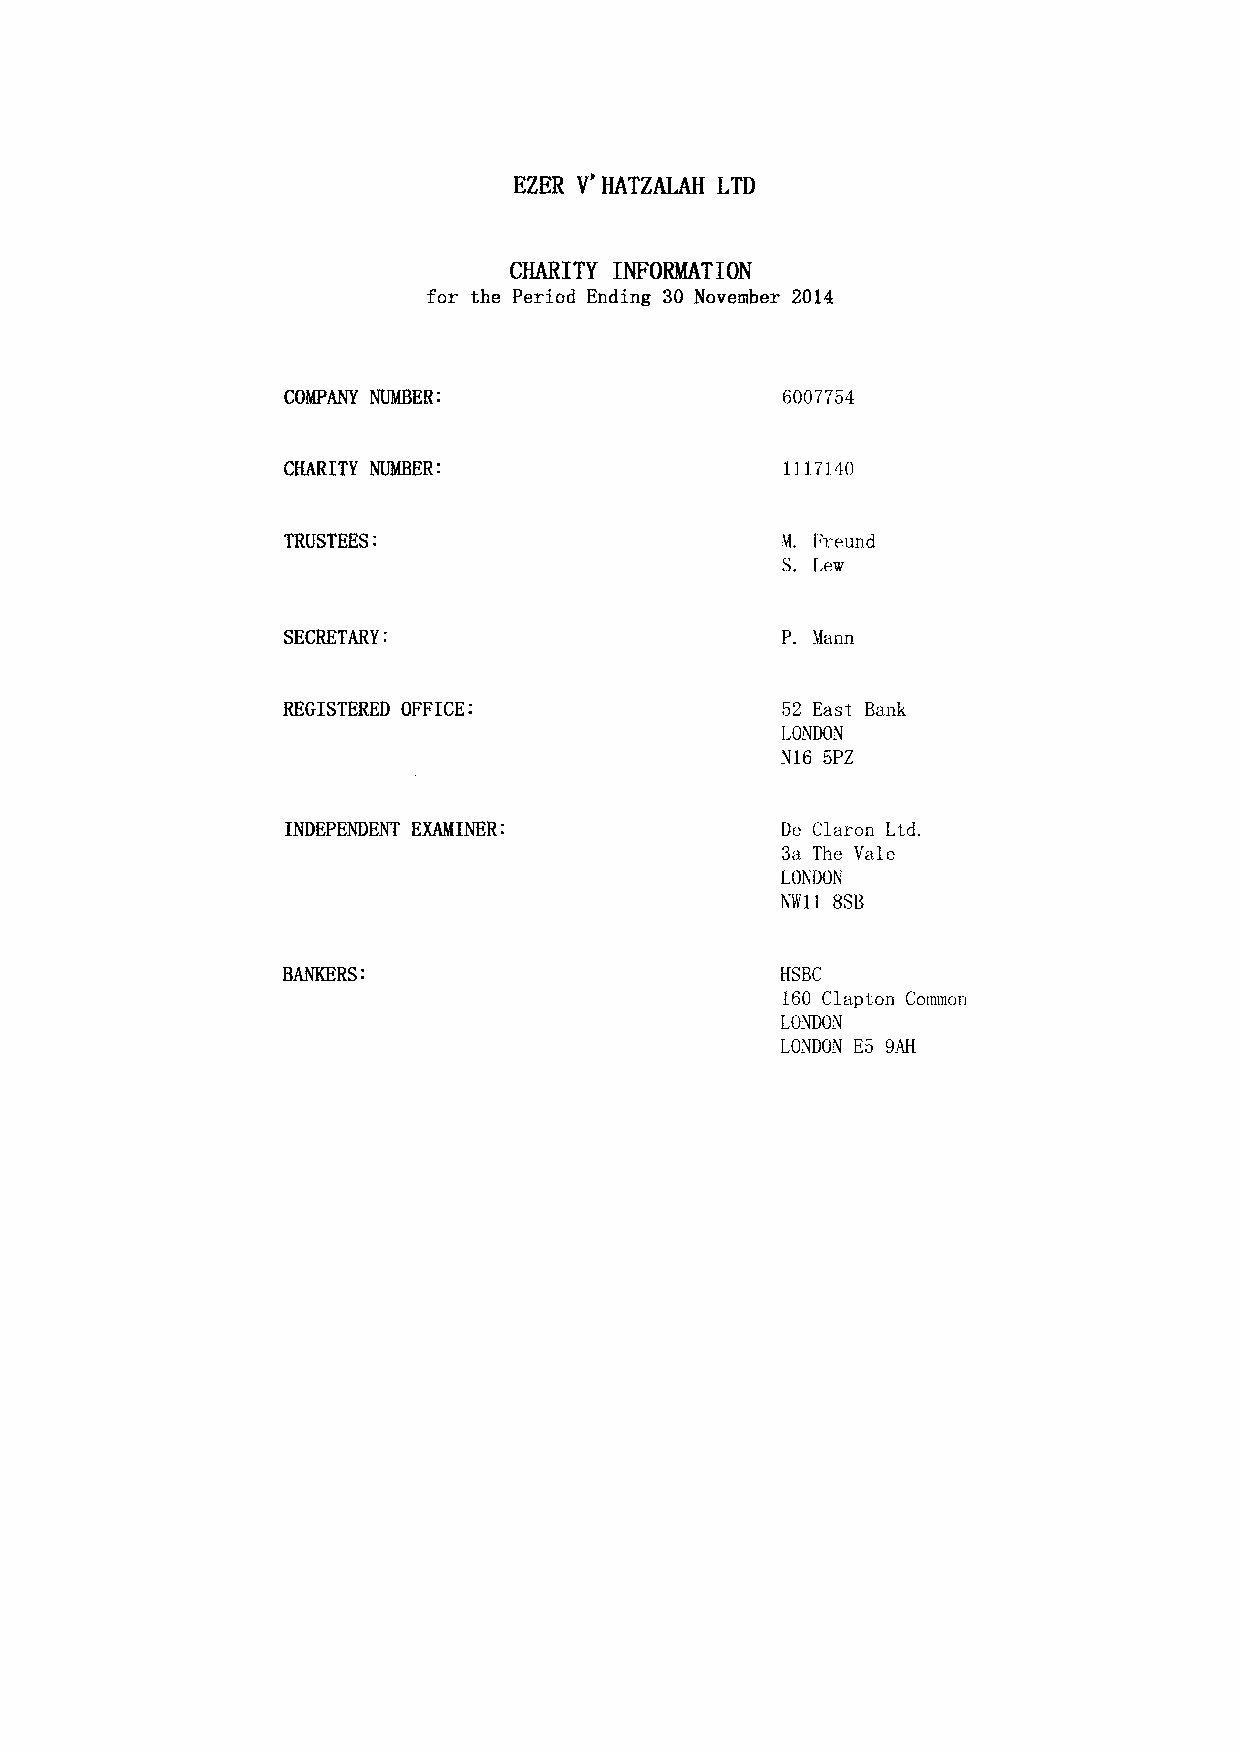
EZER V' HATZALAH LTD
 CHARITY INFORMATION
 for the Period Ending 30 November 2014
 COMPANY NUMBER:                  6007754
 CHARITY NUMBER:                  1117140
 TRUSTEES:                        M. Freund
 S. Lew
 SECRETARY:                       P. Mann
 REGISTERED OFFICE:               52 East Bank
 LONDON
 N16 5PZ
 INDEPENDENT EXAMINER:            De Claron Ltd.
 3a The Vale
 LONDON
 NW11 8SB
 BANKERS:                         HSBC
 160 Clapton Cotton
 LONDON
 LONDON E5 9AH